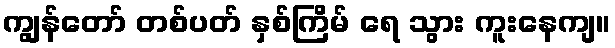
ကျွန်တော် တစ်ပတ် နှစ်ကြိမ် ရေ သွား ကူးနေကျ။